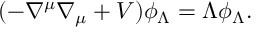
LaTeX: ( - \nabla ^ { \mu } \nabla _ { \mu } + V ) \phi _ { \Lambda } = \Lambda \phi _ { \Lambda } .